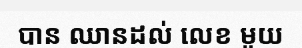
បាន ឈានដល់ លេខ មួយ